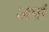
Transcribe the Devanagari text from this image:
अपां